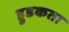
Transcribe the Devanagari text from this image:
हुडकता